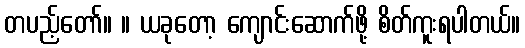
တပည့်တော်။ ။ ယခုတော့ ကျောင်းဆောက်ဖို့ စိတ်ကူးရပါတယ်။